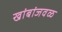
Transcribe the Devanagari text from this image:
खांबांजवळ